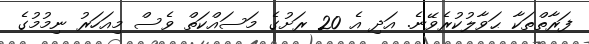
ފަރާތްތަކާ ޙަވާލުކުރެވޭނެ. އަދި އެ 20 ރަށުގެ މަސައްކަތް ވެސް މިއަހަރު ނިމުމުގެ